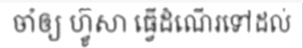
ចាំឲ្យ ហ្វ៊ូសា ធ្វើដំណើរទៅដល់